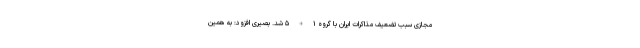
مجازی سبب تضعیف مذاکرات ایران با گروه ۱+۵ شد. بصیری افزود: به همین